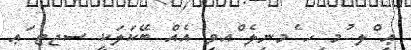
ޢި ްލ ުމ ިހ ެމނިލެ ްއވި އެއް ބޭކަލަކީ ސޖޓ ަޢ